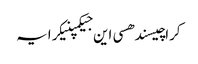
کراچیسندھسی این جیکمپنیکرایہ